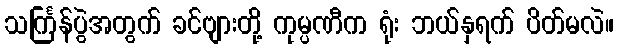
သင်္ကြန်ပွဲအတွက် ခင်ဗျားတို့ ကုမ္ပဏီက ရုံး ဘယ်နှရက် ပိတ်မလဲ။